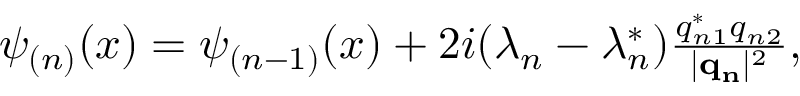
\begin{array} { r } { \psi _ { ( n ) } ( x ) = \psi _ { ( n - 1 ) } ( x ) + 2 i ( \lambda _ { n } - \lambda _ { n } ^ { * } ) \frac { q _ { n 1 } ^ { * } q _ { n 2 } } { | \mathbf { q _ { n } } | ^ { 2 } } , } \end{array}